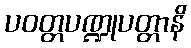
ပဝတ္တပဏ္ဍုပတ္တာနိ